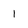
Character: 1